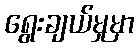
ရွေးချယ်မှုမှာ